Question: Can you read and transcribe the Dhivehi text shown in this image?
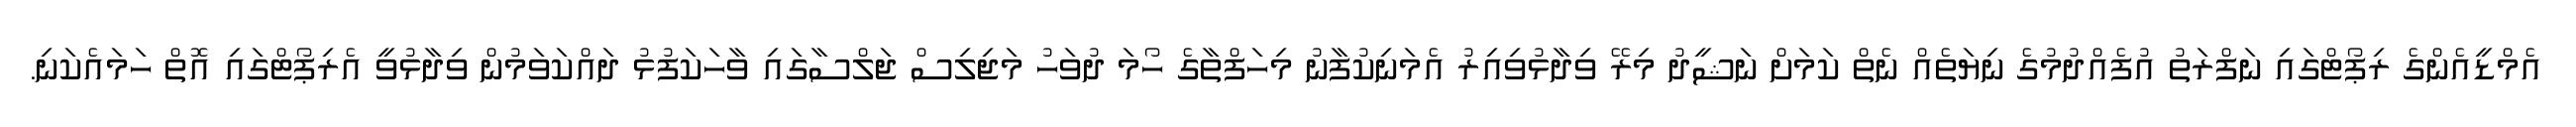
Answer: އެމްޑީއެންގެ ރިޕޯޓްގައި ނަފްރަތު އުފެއްދުމުގެ ނިޔަތެއް ނެތް ކަމަށް ނަޝީދު މިރޭ ވިދާޅުވިއިރު އެމަނިކުފާނު މިހަފްތާގެ ހޯމަ ދުވަހު މަޖިލިސް ޖަލްސާގައި ވާހަކަފުޅު ދައްކަވަމުން ވިދާޅުވީ އެރިޕޯޓްގައި އޮތް ހަމައެކަނި.